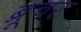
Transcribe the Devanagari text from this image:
ब्रूचर